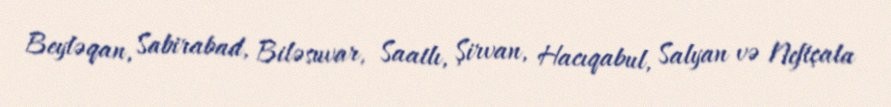
Beyləqan, Sabirabad, Biləsuvar, Saatlı, Şirvan, Hacıqabul, Salyan və Neftçala